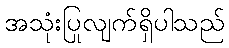
အသုံးပြုလျက်ရှိပါသည်